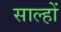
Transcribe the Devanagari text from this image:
साल्हों